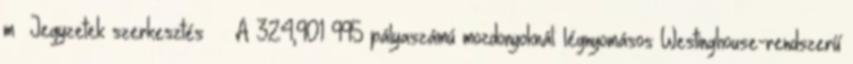
m² Jegyzetek szerkesztés ↑ A 324,901–995 pályaszámú mozdonyoknál: légnyomásos Westinghouse-rendszerű